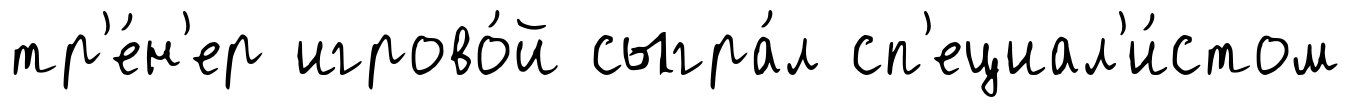
тр'е́н'ер игрово́й сыгра́л сп'ециал'и́стом